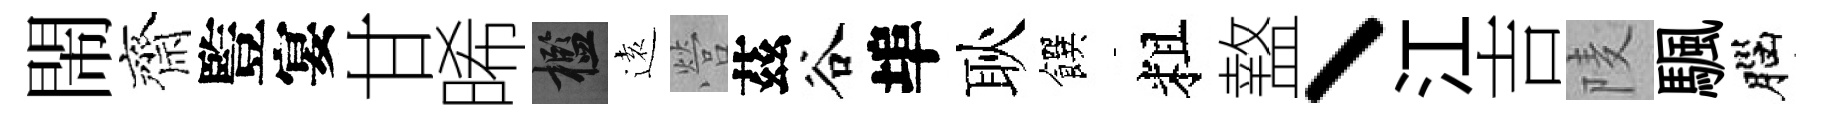
閙齊䜿宴甘晞檻逺營茲谷埠耿饌粗盩丶江吉𨹧颿腦